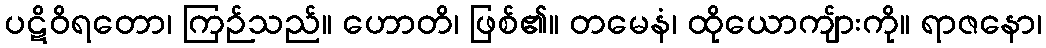
ပဋိဝိရတော၊ ကြဉ်သည်။ ဟောတိ၊ ဖြစ်၏။ တမေနံ၊ ထိုယောကျ်ားကို။ ရာဇနော၊